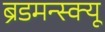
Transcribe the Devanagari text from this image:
ब्रॅडमन्स्क्यू